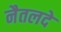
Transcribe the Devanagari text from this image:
नैतलदे